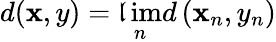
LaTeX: d(\mathbf{x},y)=\operatorname*{\mathfrak{l}im}_{n}d\left(\mathbf{x}_{n},y_{n}\right)